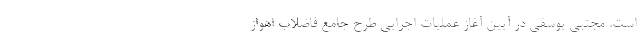
است. مجتبی یوسفی در آیین آغاز عملیات اجرایی طرح جامع فاضلاب اهواز